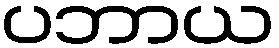
ပဘာယ